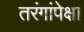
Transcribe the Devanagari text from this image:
तरंगांपेक्षा